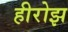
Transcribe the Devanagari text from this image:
हीरोझ